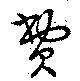
費